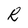
Character: R